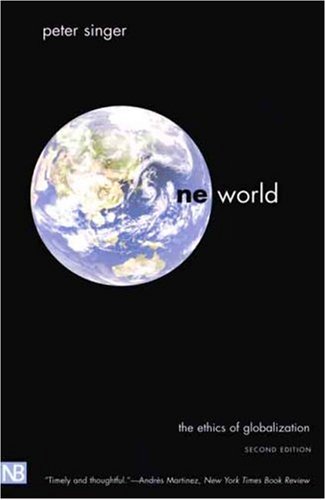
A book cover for One World: The Ethics of Globalization (The Terry Lectures); Peter Singer; Politics & Social Sciences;